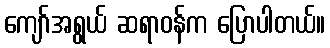
ကျော်အရွယ် ဆရာဝန်က ပြောပါတယ်။